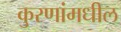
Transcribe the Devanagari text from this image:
कुरणांमधील